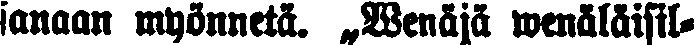
sanaan myönnetä. „Wenäjä wenaläisil-